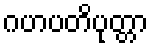
ဂဟပတိပုတ္တာ